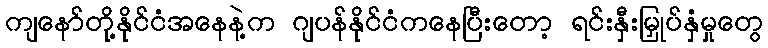
ကျနော်တို့နိုင်ငံအနေနဲ့က ဂျပန်နိုင်ငံကနေပြီးတော့ ရင်းနှီးမြှုပ်နှံမှုတွေ